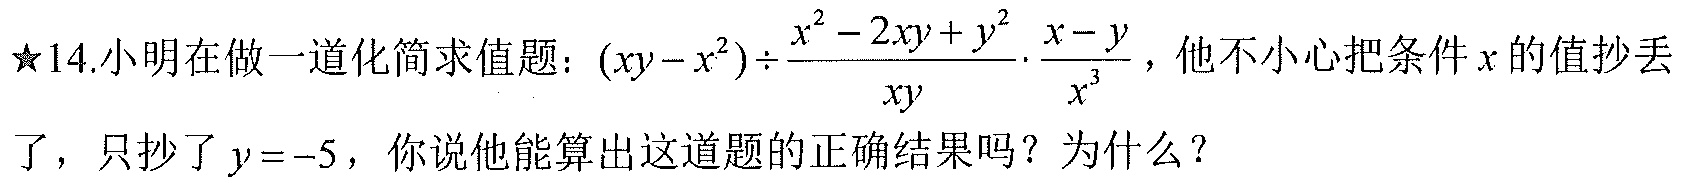
★14.小明在做一道化简求值题：\((xy - x^{2})\div\frac{x^{2}-2xy + y^{2}}{xy}\cdot\frac{x - y}{x^{3}}\)，他不小心把条件\(x\)的值抄丢了，只抄了\(y = - 5\)，你说他能算出这道题的正确结果吗？为什么？